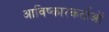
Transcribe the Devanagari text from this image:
आविष्कारकर्ताओं